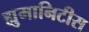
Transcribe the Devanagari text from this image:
ह्युमानिटीस